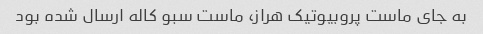
به جای ماست پروبیوتیک هراز، ماست سبو کاله ارسال شده بود